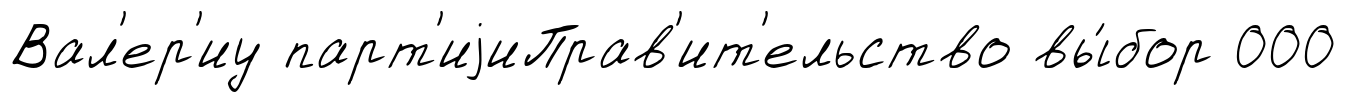
Вал'ер'иу парт'иjиПрав'ит'ельство вы́бор 000